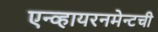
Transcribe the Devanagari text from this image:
एन्व्हायरनमेन्टची